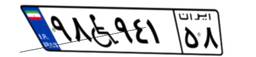
۹۸W۹۴۱۵۸